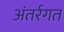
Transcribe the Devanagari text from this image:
अंतर्रगत